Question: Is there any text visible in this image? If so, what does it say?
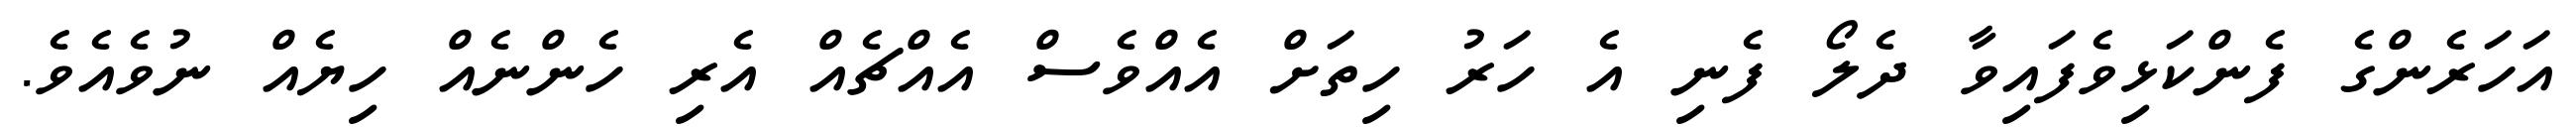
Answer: އަހަރެންގެ ފެންކަޅިވެފައިވާ ދެލޯ ފެނި އެ ހަރު ހިތަށް އެއްވެސް އެއްޗެއް އެރި ހެންނެއް ހިޔެއް ނުވެއެވެ.